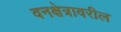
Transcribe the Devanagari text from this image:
वनक्षेत्रावरील